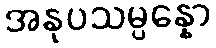
အနုပသမ္ပန္နော